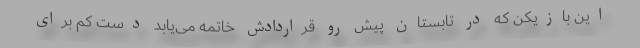
این بازیکن که در تابستان پیش رو قراردادش خاتمه می‌یابد دست کم برای